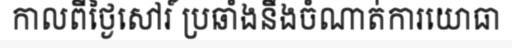
កាលពីថ្ងៃសៅរ៍ ប្រឆាំងនឹងចំណាត់ការយោធា